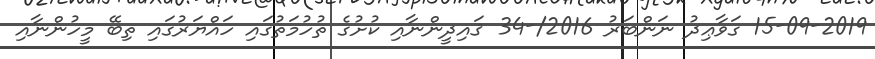
15-09-2019 ގަވާޢިދު ނަންބަރު 2016/-34 ޤައިދީންނާއި ކުށުގެ ތުހުމަތުގައި ހައްޔަރުގައި ތިބޭ މީހުންނާއި